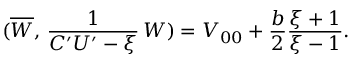
( \overline { { { W } } } , \, \frac { 1 } { C ^ { \prime } U ^ { \prime } - \xi } \, W ) = V _ { 0 0 } + \frac { b } { 2 } \frac { \xi + 1 } { \xi - 1 } .